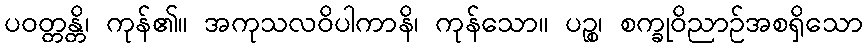
ပဝတ္တန္တိ၊ ကုန်၏။ အကုသလဝိပါကာနိ၊ ကုန်သော။ ပဉ္စ၊ စက္ခုဝိညာဉ်အစရှိသော